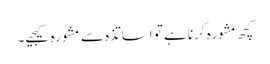
کچھ مشورہ کرنا ہے تو اساتذہ سے مشورہ کیجیے۔